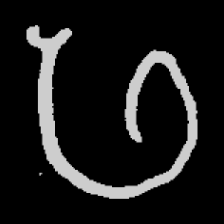
Pyu character \u2014 Myanmar letter: ဖ (romanized: pha)